Report of the Indian Hemp Drugs Commission, 1894-1895 - Volume VI
Year: 1894
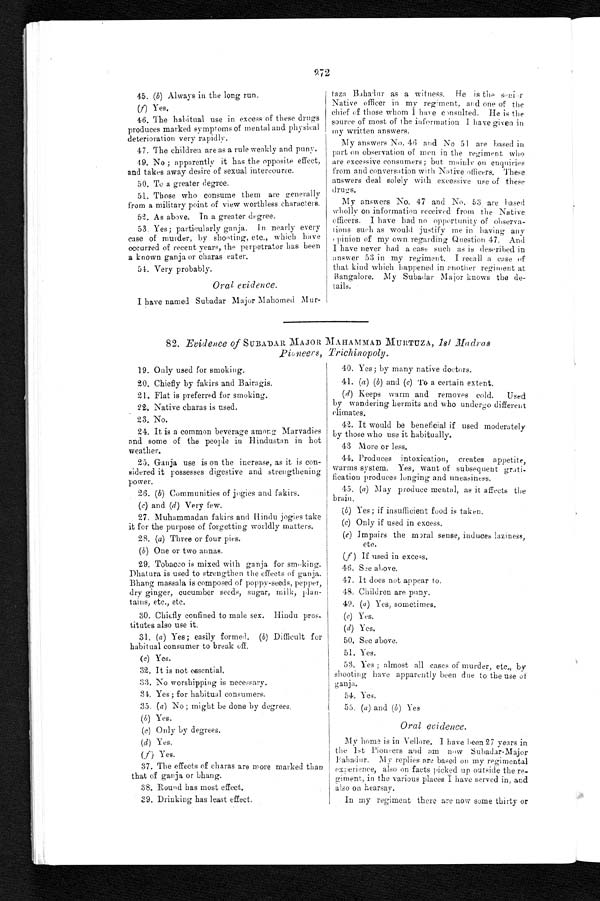
45. (b) Always in the long run.
(f) Yes.
46. The habitual use in excess of these drugs
produces marked symptoms of mental and physical
deterioration very rapidly.
47. The children are as a rule weakly and puny.
49. No ; apparently it has the opposite effect,
and takes away desire of sexual intercourse.
50. To a greater degree.
51. Those who consume them are generally
from a military point of view worthless characters.
52. As above. In a greater degree.
53. Yes; particularly ganja. In nearly every
case of murder, by shooting, etc., which have
occurred of recent years, the perpetrator has been
a known ganja or charas eater.
54. Very probably.
Oral evidence.
I have named Subadar Major Mahomed Mur-
taza Bahadur as a witness. He is the
senior Native officer in my regiment, and one of the
chief of those whom I have consulted. He is the
source of most of the information I have given in
my written answers.
My answers No. 46 and No 51 are based in
part on observation of men in the regiment who .
are excessive consumers; but mainly on enquiries
from and conversation with Native officers. These
answers deal solely with excessive use of these
drugs.
My answers No. 47 and No. 53 are based
wholly on information received from the Native
officers. I have had no opportunity of observa-
tions such as would justify me in having any
opinion of my own regarding Question 47. And
I have never had a case such as is described in
answer 53 in my regiment. I recall a case of
that kind which happened in another regiment at
Bangalore. My Subadar Major knows the de-
tails.
82. Evidence of SUBADAR MAJOR MAHAMMAD MURTUZA, 1st M a d r a s
Pioneers, Trichinopoly.
19. Only used for smoking.
20. Chiefly by fakirs and Bairagis.
21. Flat is preferred for smoking.
22. Native charas is used.
23. No.
24. It is a common beverage among Marvadies
and some of the people in Hindustan in hot
weather.
25. Ganja use is on the increase, as it is con-
sidered it possesses digestive and strengthening
power.
26 (b) Communities of jogies and fakirs.
(c) and (d) Very few.
27. Muhammadan fakirs and Hindu jogies take
it for the purpose of forgetting worldly !natters.
28. (a) Three or four pies.
(b) One or two annas.
29. Tobacco is mixed with ganja for smoking.
Dhatura is used to strengthen the effects of ganja.
Bhang massala is composed of poppy-seeds, pepper,
dry ginger, cucumber seeds, sugar, milk, plan-
tains, etc., etc.
30. Chiefly confined to male sex. Hindu pros-
titutes also use it,
31. (a) Yes; easily formed. (b) Difficult for
habitual consumer to break off.
(c) Yes.
32. It is not essential.
33. No worshipping is necessary.
34. Yes; for habitual consumers.
35. (a) No ; might be done by degrees.
(b) Yes,
(c) Only by degrees.
(d) Yes.
(f) Yes.
37. The effects of charas are more marked than
that of ganja or bhang.
38. Round has most effect
.
39. Drinking has least effect.
40. Yes; by many native doctors.
41. (a) (b) and (c) To a. certain extent.
(d) Keeps warm and removes cold. Used
by wandering hermits and who undergo different
climates.
42. It would be beneficial if used moderately
by those who use it habitually.
43. More or less.
44. Produces intoxication, creates appetite,
warms system. Yes, want of subsequent
grati-fication produces longing and uneasiness.
45, (a) May produce mental, as it affects the
brain.
(b) Yes ; if insufficient food is taken.
(c) Only if used in excess.
(e) Impairs the moral sense, induces laziness,
etc.
(f) If used in excess.
46. See above.
47. It does not appear to.
48. Children are puny.
49. (a) Yes, sometimes.
(c) Yes.
(d) Yes.
50. See above.
51. Yes.
53. Yes ; almost all cases of murder, etc., by
shooting have apparently been due to the use of
ganja.
54. Yes.
55. (a) and (b) Yes
Oral evidence.
My home is in Vellore. I have been 27 years in
the 1st Pioneers and am now Subadar-Major
Bahadur. My replies are based on my regimental
experience, also on facts picked up outside the re-
giment, in the various places I have served in, and
also on hearsay.
In my regiment there are now some thirty or